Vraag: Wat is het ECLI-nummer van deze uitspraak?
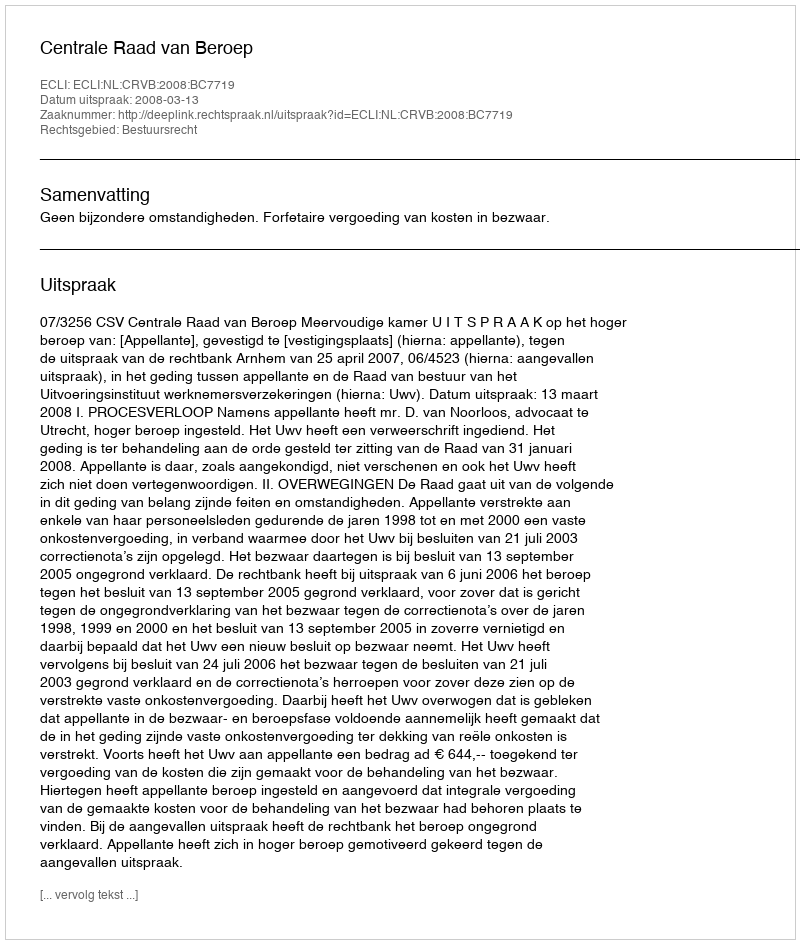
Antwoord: ECLI:NL:CRVB:2008:BC7719